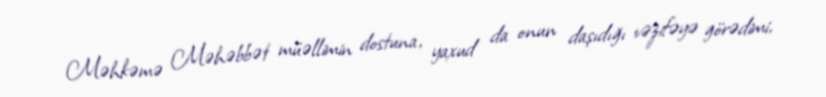
Məhkəmə Məhəbbət müəllimin dostuna, yaxud da onun daşıdığı vəzifəyə görədimi,